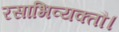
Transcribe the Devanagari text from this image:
रसाभिव्यक्तौ।